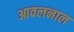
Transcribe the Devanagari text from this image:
आवलनाल